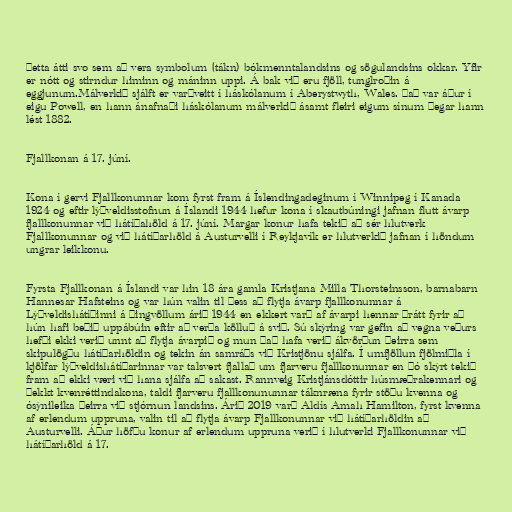
Þetta átti svo sem að vera symbolum (tákn) bókmenntalandsins og sögulandsins okkar. Yfir
er nótt og stirndur himinn og máninn uppi. Á bak við eru fjöll, tunglroðin á
eggjunum.Málverkið sjálft er varðveitt í háskólanum í Aberystwyth, Wales. Það var áður í
eigu Powell, en hann ánafnaði háskólanum málverkið ásamt fleiri eigum sínum þegar hann
lést 1882.

Fjallkonan á 17. júní.

Kona í gervi Fjallkonunnar kom fyrst fram á Íslendingadeginum í Winnipeg í Kanada
1924 og eftir lýðveldisstofnun á Íslandi 1944 hefur kona í skautbúningi jafnan flutt ávarp
fjallkonunnar við hátíðahöld á 17. júní. Margar konur hafa tekið að sér hlutverk
Fjallkonunnar og við hátíðarhöld á Austurvelli í Reykjavík er hlutverkið jafnan í höndum
ungrar leikkonu.

Fyrsta Fjallkonan á Íslandi var hin 18 ára gamla Kristjana Milla Thorsteinsson, barnabarn
Hannesar Hafsteins og var hún valin til þess að flytja ávarp fjallkonunnar á
Lýðveldishátíðinni á Þingvöllum árið 1944 en ekkert varð af ávarpi hennar þrátt fyrir að
hún hafi beðið uppábúin eftir að verða kölluð á svið. Sú skýring var gefin að vegna veðurs
hefði ekki verið unnt að flytja ávarpið og mun það hafa verið ákvörðun þeirra sem
skipulögðu hátíðarhöldin og tekin án samráðs við Kristjönu sjálfa. Í umfjöllun fjölmiðla í
kjölfar lýðveldishátíðarinnar var talsvert fjallað um fjarveru fjallkonunnar en þó skýrt tekið
fram að ekki væri við hana sjálfa að sakast. Rannveig Kristjánsdóttir húsmæðrakennari og
þekkt kvenréttindakona, taldi fjarveru fjallkonununnar táknræna fyrir stöðu kvenna og
ósýnileika þeirra við stjórnun landsins. Árið 2019 varð Al­dís Amah Hamilt­on, fyrst kvenna
af erlendum uppruna, valin til að flytja ávarp Fjallkonunnar við hátíðarhöldin að
Austurvelli. Áður höfðu konur af erlendum uppruna verið í hlutverki Fjallkonunnar við
hátíðarhöld á 17.